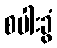
စပါးခွံ